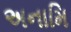
અનામિ